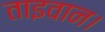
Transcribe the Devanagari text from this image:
ताइवान।